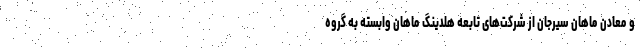
و معادن ماهان سیرجان از شرکت‌های تابعه هلدینگ ماهان وابسته به گروه